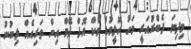
މިދިޔަ ފެބްރުއަރީ މަހު ހޮލީވުޑް ވޯކް އޮފް ފޭމް އިން ތަރިއެއް ލިބުނު